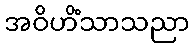
အဝိဟိံသာသညာ